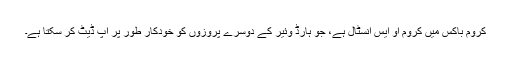
کروم باکس میں کروم او ایس انسٹال ہے، جو ہارڈ وئیر کے دوسرے پروزوں کو خودکار طور پر اپ ڈیٹ کر سکتا ہے۔